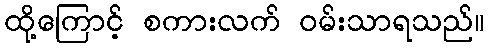
ထို့ကြောင့် စကားလက် ဝမ်းသာရသည်။